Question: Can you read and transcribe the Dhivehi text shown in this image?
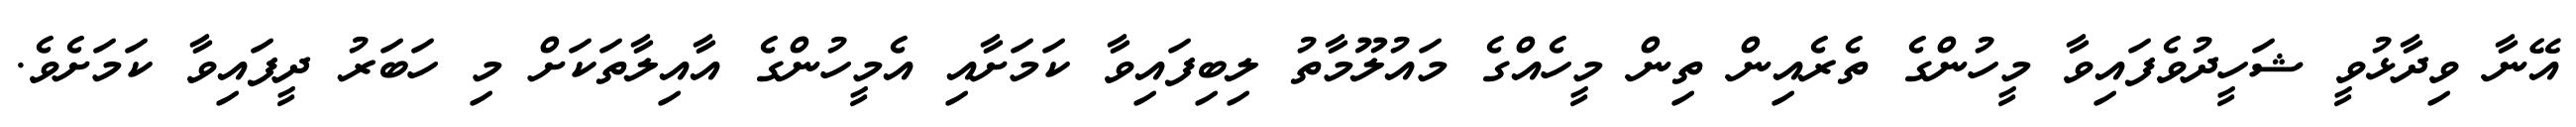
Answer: އޭނާ ވިދާޅުވީ ޝަހީދުވެފައިވާ މީހުންގެ ތެރެއިން ތިން މީހެއްގެ މައުލޫމާތު ލިބިފައިވާ ކަމަށާއި އެމީހުންގެ އާއިލާތަކަށް މި ހަބަރު ދީފައިވާ ކަމަށެވެ.